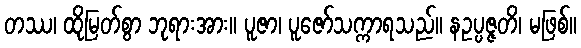
တဿ၊ ထိုမြတ်စွာ ဘုရားအား။ ပူဇာ၊ ပူဇော်သက္ကာရသည်။ နဥပ္ပဇ္ဇတိ၊ မဖြစ်။